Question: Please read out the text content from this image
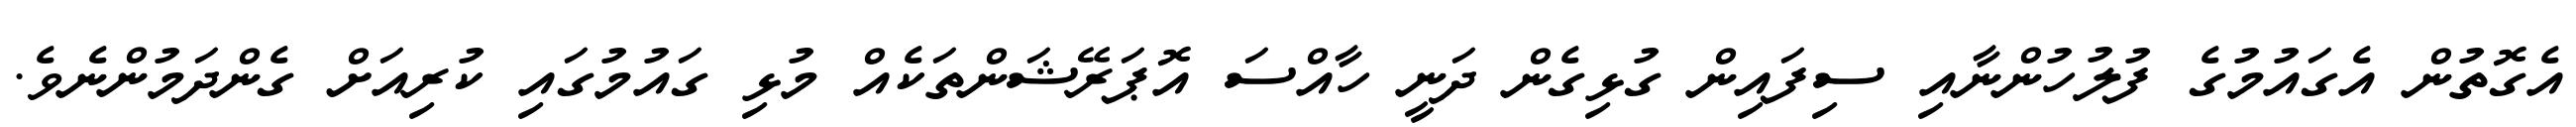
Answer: އެގޮތުން އެގައުމުގެ ފުލުހުންނާއި ސިފައިން ގުޅިގެން ދަނީ ހާއްސަ އޮޕަރޭޝަންތަކެއް މުޅި ގައުމުގައި ކުރިއަށް ގެންދަމުންނެވެ.